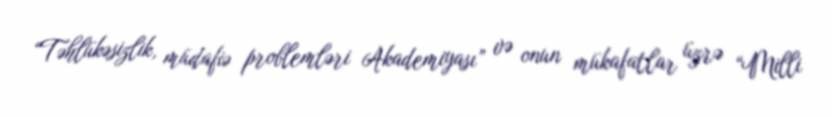
“Təhlükəsizlik, müdafiə problemləri Akademiyası” və onun mükafatlar üzrə “Milli